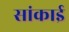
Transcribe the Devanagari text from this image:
सांकाई